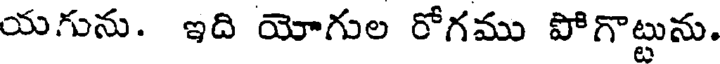
యగును. ఇది యోగుల రోగము పోగొట్టును.